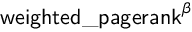
\mathsf { w e i g h t e d \_ p a g e r a n k } ^ { \beta }